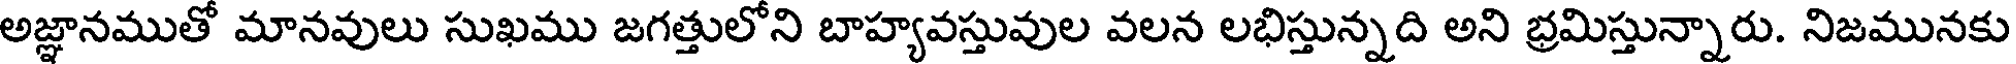
అజ్ఞానముతో మానవులు సుఖము జగత్తులోని బాహ్యవస్తువుల వలన లభిస్తున్నది అని భ్రమిస్తున్నారు. నిజమునకు